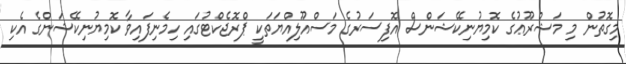
މިގޮތުން މި މަޝްރޫޢުގެ ކޮމިޔުނިކޭޝަންސް އޮފިސަރުގެ މަސްއޫލިއްޔަތަކީ ޕްރޮޖެކްޓުގައި ހިމެނިފައިވާ ކޮމިޔުނިކޭޝަންގެ އެކި